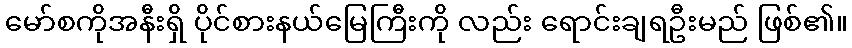
မော်စကိုအနီးရှိ ပိုင်စားနယ်မြေကြီးကို လည်း ရောင်းချရဦးမည် ဖြစ်၏။